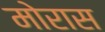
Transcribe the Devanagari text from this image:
मोरास